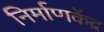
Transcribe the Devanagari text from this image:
निर्माणकेंद्र